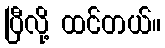
ပြီလို့ ထင်တယ်။